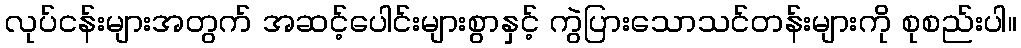
လုပ်ငန်းများအတွက် အဆင့်ပေါင်းများစွာနှင့် ကွဲပြားသောသင်တန်းများကို စုစည်းပါ။